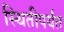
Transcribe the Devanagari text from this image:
स्थितीपर्यंत